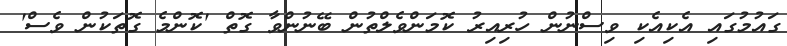
ގައުމުގައި އެކިއެކި ވިސްނުން ހުރިއިރު ކޮމަންވެލްތުން ބޭނުންވާ ގޮތް 'ކޮންމެ ގޮތަކުން ވެސް'